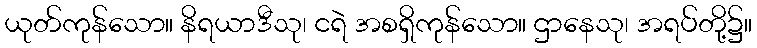
ယုတ်ကုန်သော။ နိရယာဒီသု၊ ငရဲ အစရှိကုန်သော။ ဌာနေသု၊ အရပ်တို့၌။